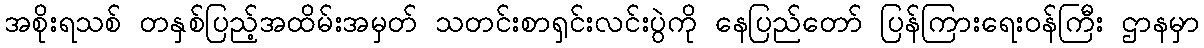
အစိုးရသစ် တနှစ်ပြည့်အထိမ်းအမှတ် သတင်းစာရှင်းလင်းပွဲကို နေပြည်တော် ပြန်ကြားရေးဝန်ကြီး ဌာနမှာ